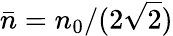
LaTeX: \bar{n}=n_{0}/(2\sqrt{2})